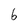
Character: 6